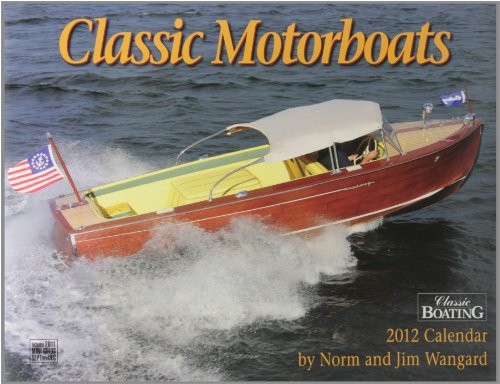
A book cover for Classic Motorboats 2012; Calendars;